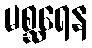
မစ္ဆရေန